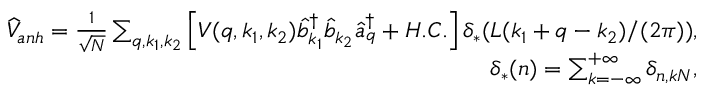
\begin{array} { r } { \widehat { V } _ { a n h } = \frac { 1 } { \sqrt { N } } \sum _ { q , k _ { 1 } , k _ { 2 } } \left[ V ( q , k _ { 1 } , k _ { 2 } ) \widehat { b } _ { k _ { 1 } } ^ { \dagger } \widehat { b } _ { k _ { 2 } } \widehat { a } _ { q } ^ { \dagger } + H . C . \right] \delta _ { * } ( L ( k _ { 1 } + q - k _ { 2 } ) / ( 2 \pi ) ) , } \\ { \delta _ { * } ( n ) = \sum _ { k = - \infty } ^ { + \infty } \delta _ { n , k N } , } \end{array}